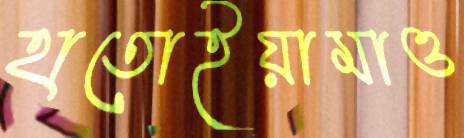
হাতোইয়ামাও